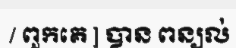
/ ពួកគេ ] បាន ពន្យល់